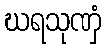
ဃရသုဏှံ